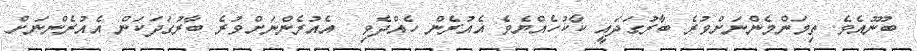
ބުނޫއެވެ. ތިމަންމެންނަށްވުރެ ބާރުގަދައީ ކާކުހެއްޔެވެ އެއުރެން ހެއްދެވި  އެއުރެންނަށްވުރެ ބާރުގަދަކަން އެއުރެންނަށް